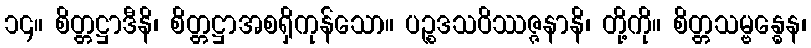
၁၄။ စိတ္တဋ္ဌာဒီနိ၊ စိတ္တဋ္ဌာအစရှိကုန်သော။ ပဉ္စဒသဝိဿဇ္ဇနာနိ၊ တို့ကို။ စိတ္တသမ္ဗန္ဓေန၊